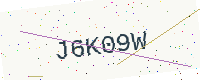
Text: J6K09W